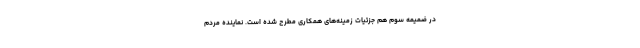
در ضمیمه سوم هم جزئیات زمینه‌های همکاری مطرح شده است. نماینده مردم